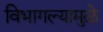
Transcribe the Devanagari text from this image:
विभागल्यामुळे